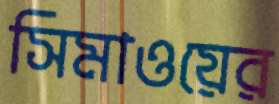
সিমাওয়ের